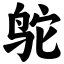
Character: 鸵